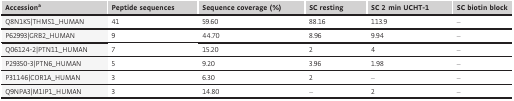
| Accessiona | Peptide sequences | Sequence coverage (%) | SC resting | SC 2 min UCHT-1 | SC biotin block |
 | --- | --- | --- | --- | --- | --- |
 | Q8N1K5|THMS1_HUMAN | 41 | 59.60 | 88.16 | 113.9 | – |
 | P62993|GRB2_HUMAN | 9 | 44.70 | 8.96 | 9.94 | – |
 | Q06124-2|PTN11_HUMAN | 7 | 15.20 | 2 | 4 | – |
 | P29350-3|PTN6_HUMAN | 5 | 9.20 | 3.96 | 1.98 | – |
 | P31146|COR1A_HUMAN | 3 | 6.30 | 2 | – | – |
 | Q9NPA3|M1IP1_HUMAN | 3 | 14.80 | – | 2 | – |